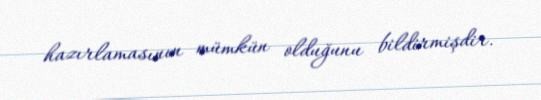
hazırlamasının mümkün olduğunu bildirmişdir.